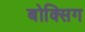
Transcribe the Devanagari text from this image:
बोक्सिग